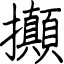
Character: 攧